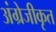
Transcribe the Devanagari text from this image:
अंग्रेजीकृत